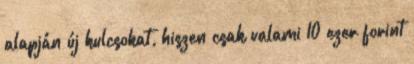
alapján új kulcsokat, hiszen csak valami 10 ezer forint